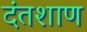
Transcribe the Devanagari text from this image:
दंतशाण